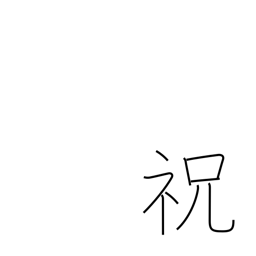
Meaning: celebrate